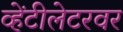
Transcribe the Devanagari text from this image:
व्हेंटीलेटरवर